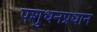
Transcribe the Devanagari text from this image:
पशुधनप्रधान